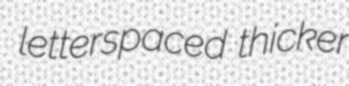
letterspaced thicker